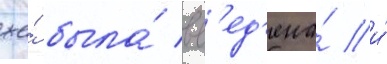
же́ была́ вв'ед'ена́ и́